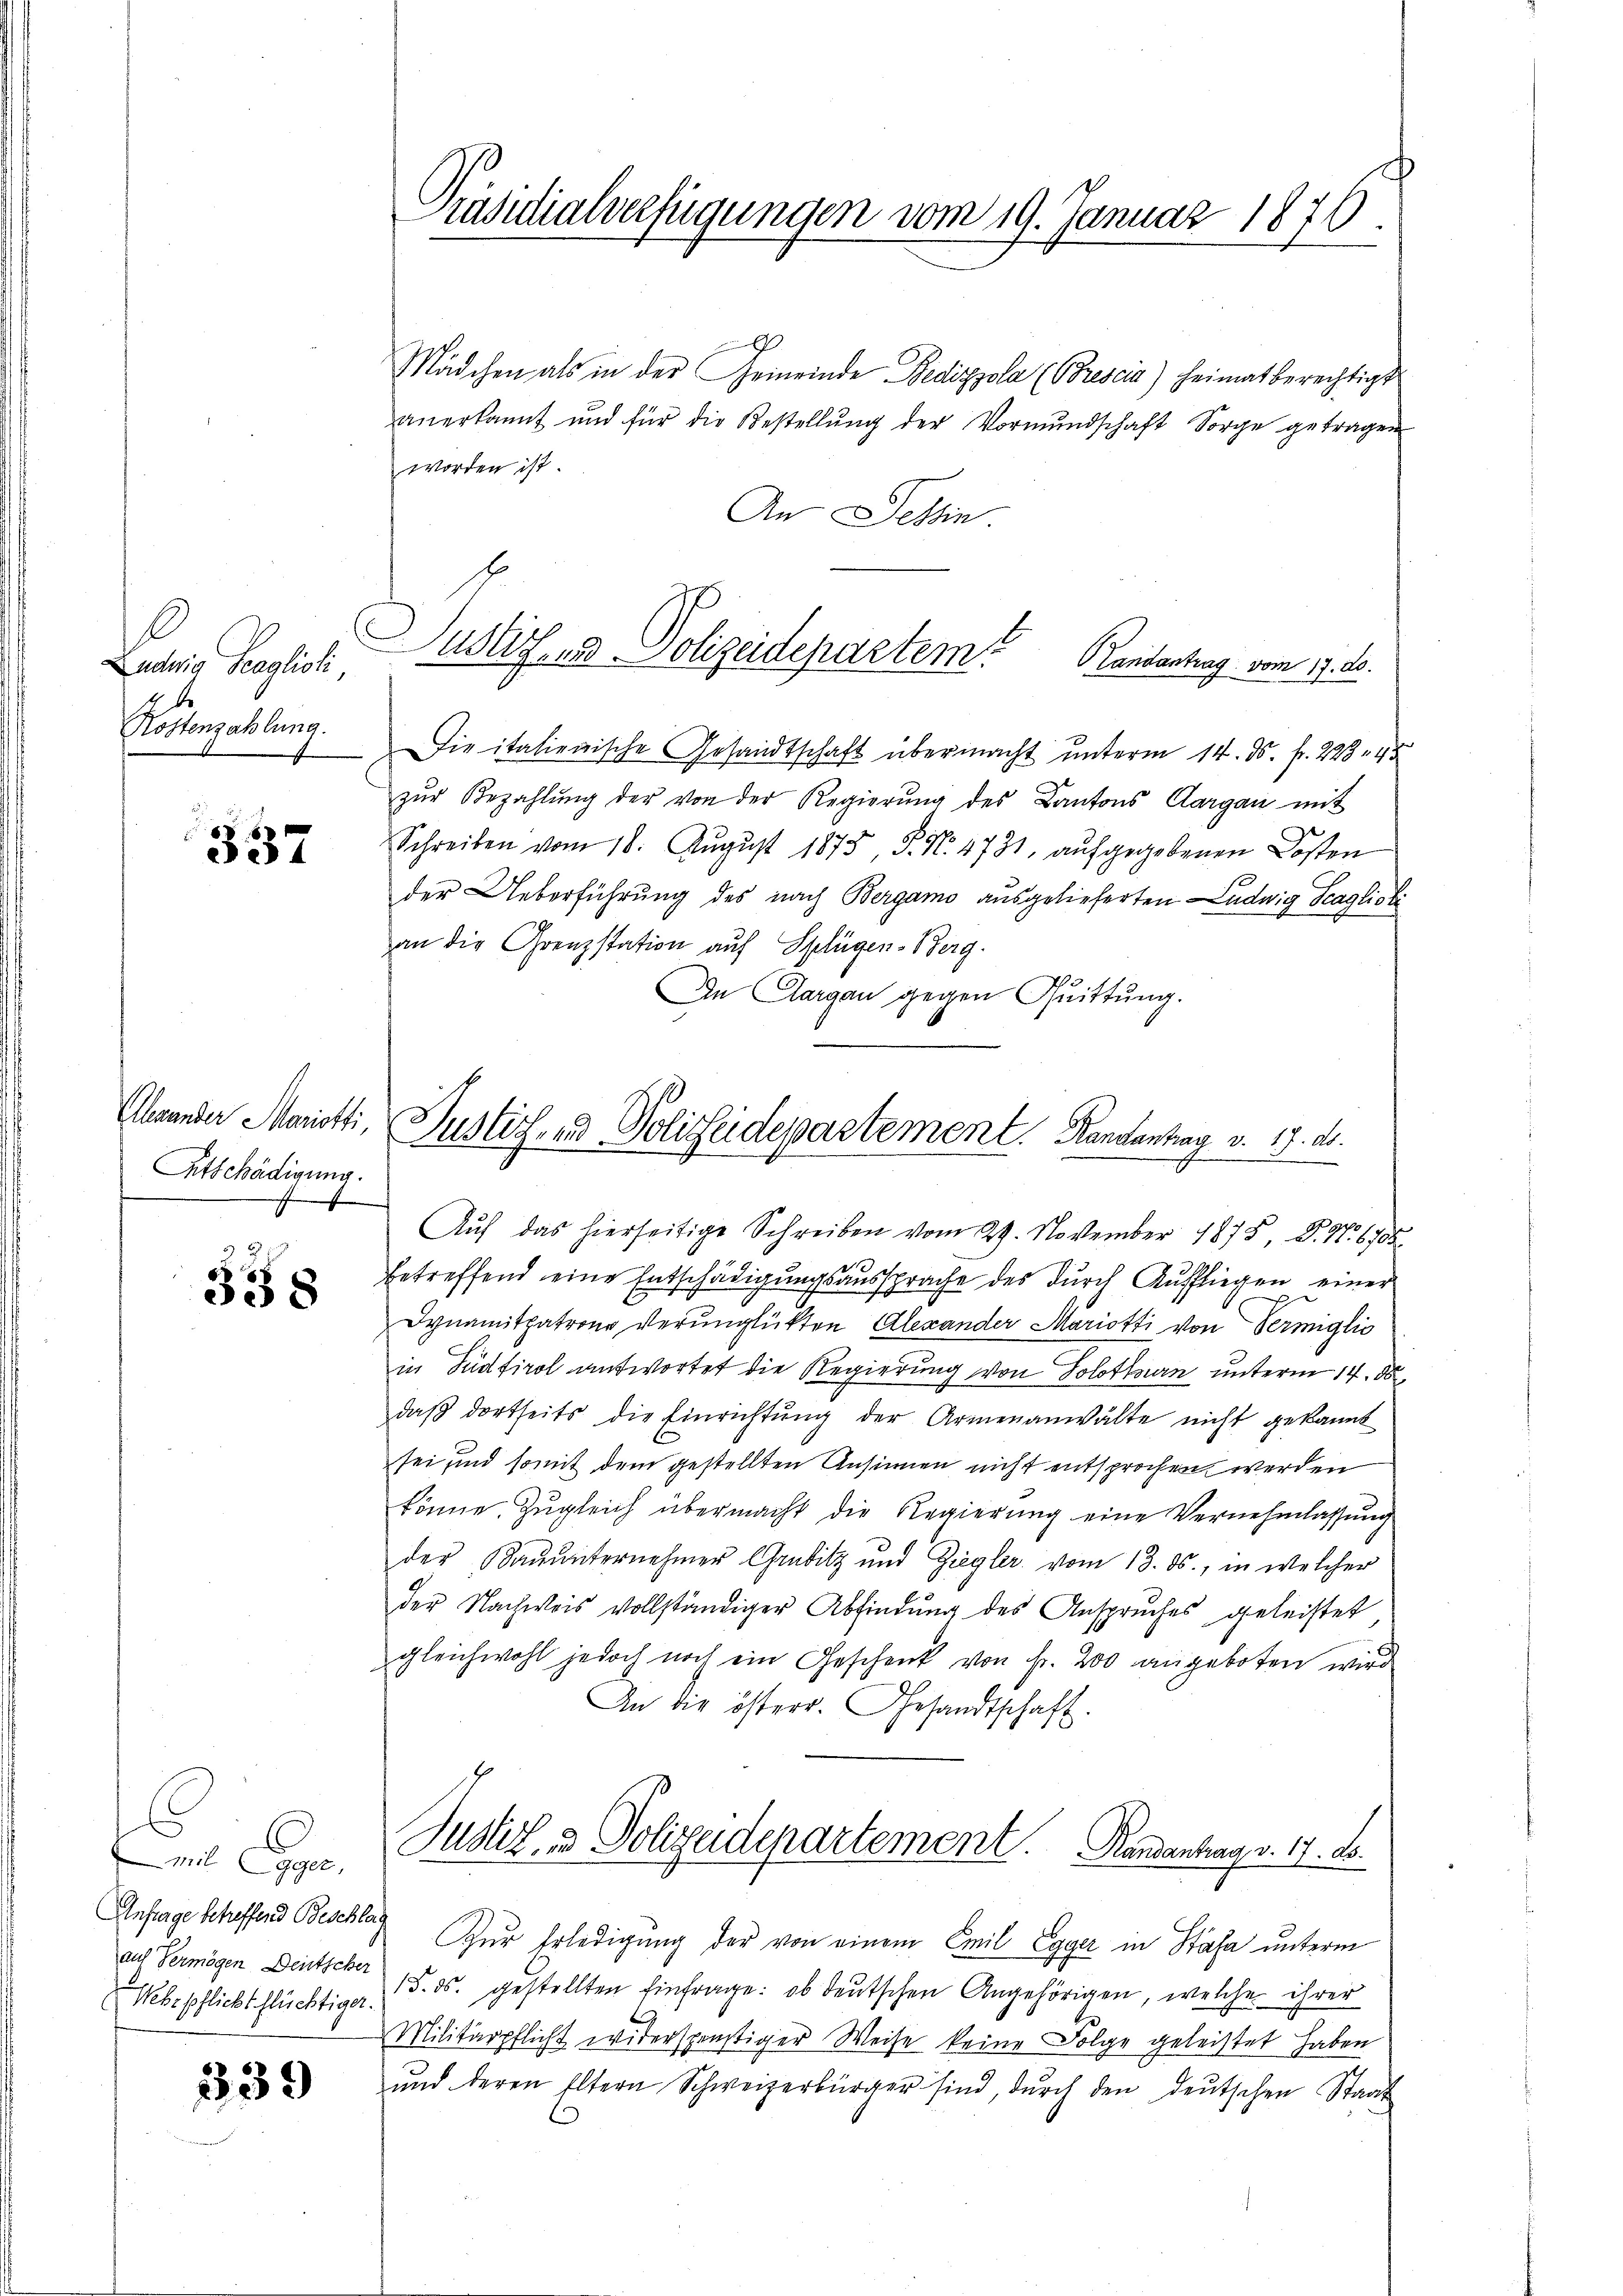
Ludwig Taglioli,
Kostenzahlung.

337

Abwander Mariotti,
Etschädigung.

338

.
mil Egger,
Anfrage betreffend Beschli
auf Vermögen Deutscher

339

Präsidialverfügungen vom 19. Januar 1876.

Justizend Polizeidepartem Kantontrag vom 9. d.

Justiz- und Polizeidepartement. Kanzentrag v. 17. ds.

x
Mädchen als in der Gemeinde Bedizzola (Grescia) heimat berechtigt
anerkannt und für die Bestellŭng der Vormŭndschaft Sorge getragen
worden ist.
An Tessin
Die italienische Gesandtschaft übermacht unterm 14. ds. f. 223, 45
zŭr Bezahlŭng der von der Regierŭng des Kantons Aargau mit
Schreiben vom 16. August 1875, P. N. 4731, aufgegebenen Kosten
der Ueberführung des nach Bergamo ausgelieferten Ludwig Scaglisti
an die Grenzstation auf Splügen-Berg.
In Aargau gegen Quittung.
Aŭf das hierseitige Schreiben vom 29. November 1875, S. No 1905
betreffend eine Entschädigungsaussprache des durch Auffliegen einer
Dynamitpatrone verunglükten Alexander Mariotti von Permiglio
in Südtirol antwortet die Regierung von Solothurn unterm 14. d
daβ dortseits die Einrichtŭng der Armenanwalte nicht gekannt
sei und somit dem gestellten Ansinnen nicht entsprochen werden
könne. Zŭgleich übermacht die Regierŭng eine Vernehmlassŭng
der Baŭŭnternehmer Grubitz und Ziegler vom 13. ds., in welcher
der Nachweis vollständiger Abfindung des Anspruches geleistet
gleichwohl jedoch noch ein Geschenk von Fr. 200 angeboten wird
An die österr. Gesandtschaft.
Justiz- & Polizeidepartement. Randantrag v. 17. ds.
i
Zur Erledigung der von einem Emil Egger in Stäfa unterm
Mebepflicht flüchtiger 5. ds. gestellten Einfrage: ob deŭtschen Angehörigen, welche ihrer
Militärpflicht widersponstiger Weise keine Folge geleistet haben
ŭnd deren Eltern Schweizerbürger sind, dŭrch den deŭtschen Staat